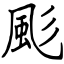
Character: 颩